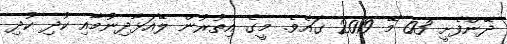
ދޭންފެށީ 03 މޭ 2019 ގައެވެ. މީގެ އިތުރުން ލޭއަޅާދިނުމާއި ކުދި ކުދި